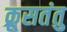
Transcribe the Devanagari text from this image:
क्रूसतंतु